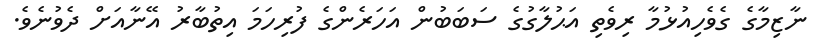
ނާޒިމާގެ ގެވެހިއުޅުމާ ރިވެތި އަޙުލާގުގެ ސަބަބުން އަހަރެންގެ ފުރިހަމަ އިތުބާރު އޭނާއަށް ދެވުނެވެ.